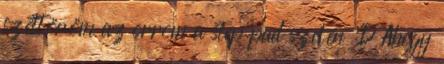
széttöröm az orrom a step pad szélén :D Ahogy